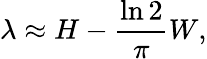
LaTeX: \lambda\approx H-\frac{\ln 2}{\pi}W,